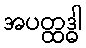
အပတ္ထဒ္ဓါ